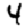
Digit: 4